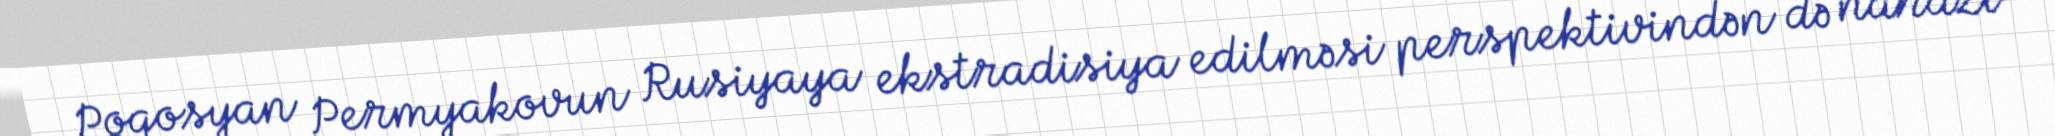
Poqosyan Permyakovun Rusiyaya ekstradisiya edilməsi perspektivindən də narazı